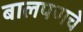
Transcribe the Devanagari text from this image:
बालपणचे